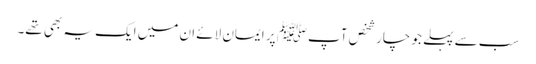
سب سے پہلے جو چار شخص آپﷺ پر ایمان لائے ان میں ایک یہ بھی تھے۔